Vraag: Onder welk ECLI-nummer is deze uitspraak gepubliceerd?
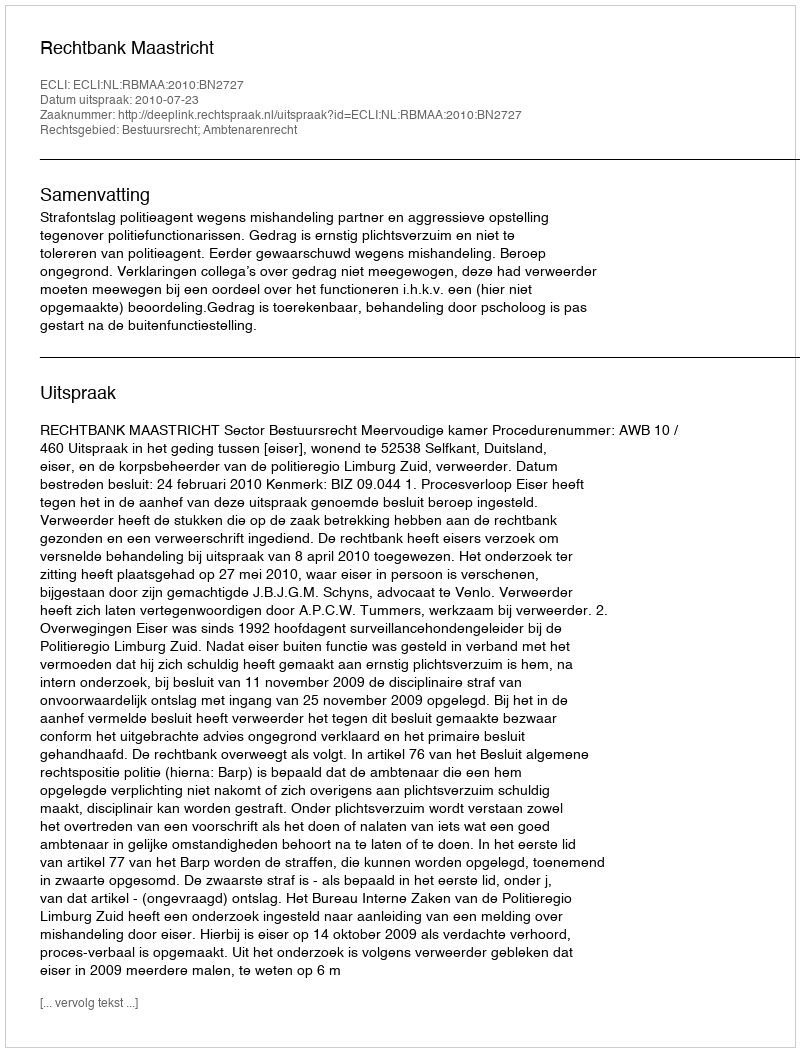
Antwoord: ECLI:NL:RBMAA:2010:BN2727